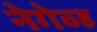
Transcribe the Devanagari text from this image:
नेगेव्ह